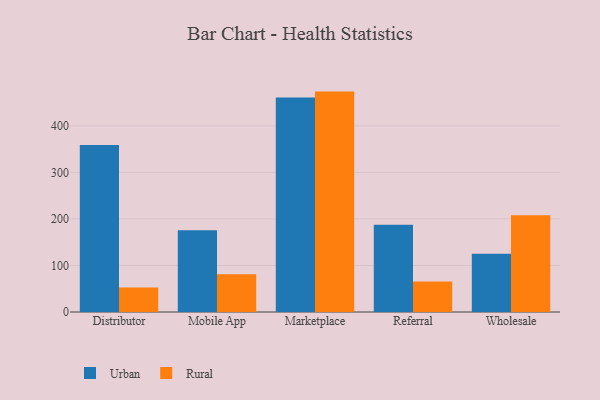
{"axis": {"x": "Channel", "y": "Website Visitors"}, "legend": ["Rural", "Urban"], "data": [{"x": "Distributor", "y": 358.8, "type": "Urban"}, {"x": "Distributor", "y": 52.7, "type": "Rural"}, {"x": "Mobile App", "y": 175.5, "type": "Urban"}, {"x": "Mobile App", "y": 81.1, "type": "Rural"}, {"x": "Marketplace", "y": 460.9, "type": "Urban"}, {"x": "Marketplace", "y": 473.6, "type": "Rural"}, {"x": "Referral", "y": 187.7, "type": "Urban"}, {"x": "Referral", "y": 65.3, "type": "Rural"}, {"x": "Wholesale", "y": 125.2, "type": "Urban"}, {"x": "Wholesale", "y": 208.1, "type": "Rural"}]}